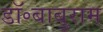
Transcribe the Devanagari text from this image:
डॉ॰बाबुराम